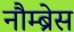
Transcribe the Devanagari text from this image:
नौम्ब्रेस